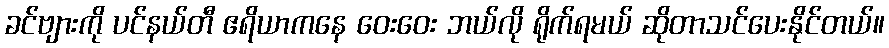
ခင်ဗျားကို ပင်နယ်တီ ဧရိယာကနေ ဝေးဝေး ဘယ်လို ရိုက်ရမယ် ဆိုတာသင်ပေးနိုင်တယ်။